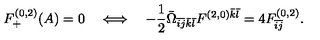
F _ { + } ^ { ( 0 , 2 ) } ( A ) = 0 \quad \Longleftrightarrow \quad - \frac { 1 } { 2 } \bar { \Omega } _ { \bar { i } \bar { j } \bar { k } \bar { l } } F ^ { ( 2 , 0 ) \bar { k } \bar { l } } = 4 F _ { \bar { i } \bar { j } } ^ { ( 0 , 2 ) } .